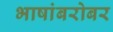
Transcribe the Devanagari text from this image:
भाषांबरोबर